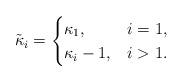
LaTeX: \begin{align*}\tilde{\kappa}_i=\begin{cases}\kappa_1,&i=1,\\\kappa_i-1, & i>1.\end{cases}\end{align*}